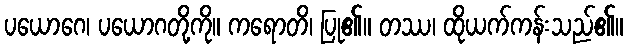
ပယောဂေ၊ ပယောဂတို့ကို။ ကရောတိ၊ ပြု၏။ တဿ၊ ထိုယက်ကန်းသည်၏။